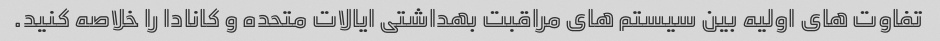
تفاوت های اولیه بین سیستم های مراقبت بهداشتی ایالات متحده و کانادا را خلاصه کنید.